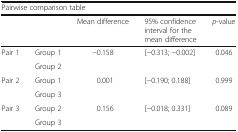
<table><thead><tr><td colspan="5"><b>Pairwise comparison table</b></td></tr><tr><td colspan="2"></td><td><b>Mean difference</b></td><td><b>95% confidence interval for the mean difference</b></td><td><b><i>p</i>-value</b></td></tr></thead><tbody><tr><td rowspan="2">Pair 1</td><td>Group 1</td><td rowspan="2">−0.158</td><td rowspan="2">[−0.313; −0.002]</td><td rowspan="2">0.046</td></tr><tr><td>Group 2</td></tr><tr><td rowspan="2">Pair 2</td><td>Group 1</td><td rowspan="2">0.001</td><td rowspan="2">[−0.190; 0.188]</td><td rowspan="2">0.999</td></tr><tr><td>Group 3</td></tr><tr><td rowspan="2">Pair 3</td><td>Group 2</td><td rowspan="2">0.156</td><td rowspan="2">[−0.018; 0.331]</td><td rowspan="2">0.089</td></tr><tr><td>Group 3</td></tr></tbody></table>